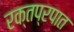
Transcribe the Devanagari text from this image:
रक्तप्रपात